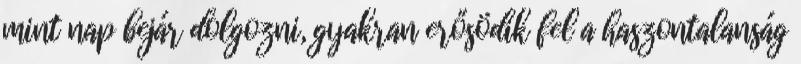
mint nap bejár dolgozni, gyakran erősödik fel a haszontalanság